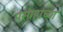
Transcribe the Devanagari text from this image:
परग्रहांच्या